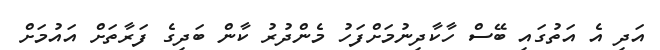
އަދި އެ އަތުގައި ބޭސް ހާކާދިނުމަށްފަހު މެންދުރު ކާން ބަދިގެ ފަރާތަށް އައުމަށް